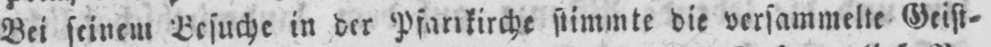
Bei seinem Besuche in der Pfarrkirche stimmte die versammelte Geist⸗